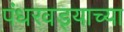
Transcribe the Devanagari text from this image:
पंधरवड्याच्या